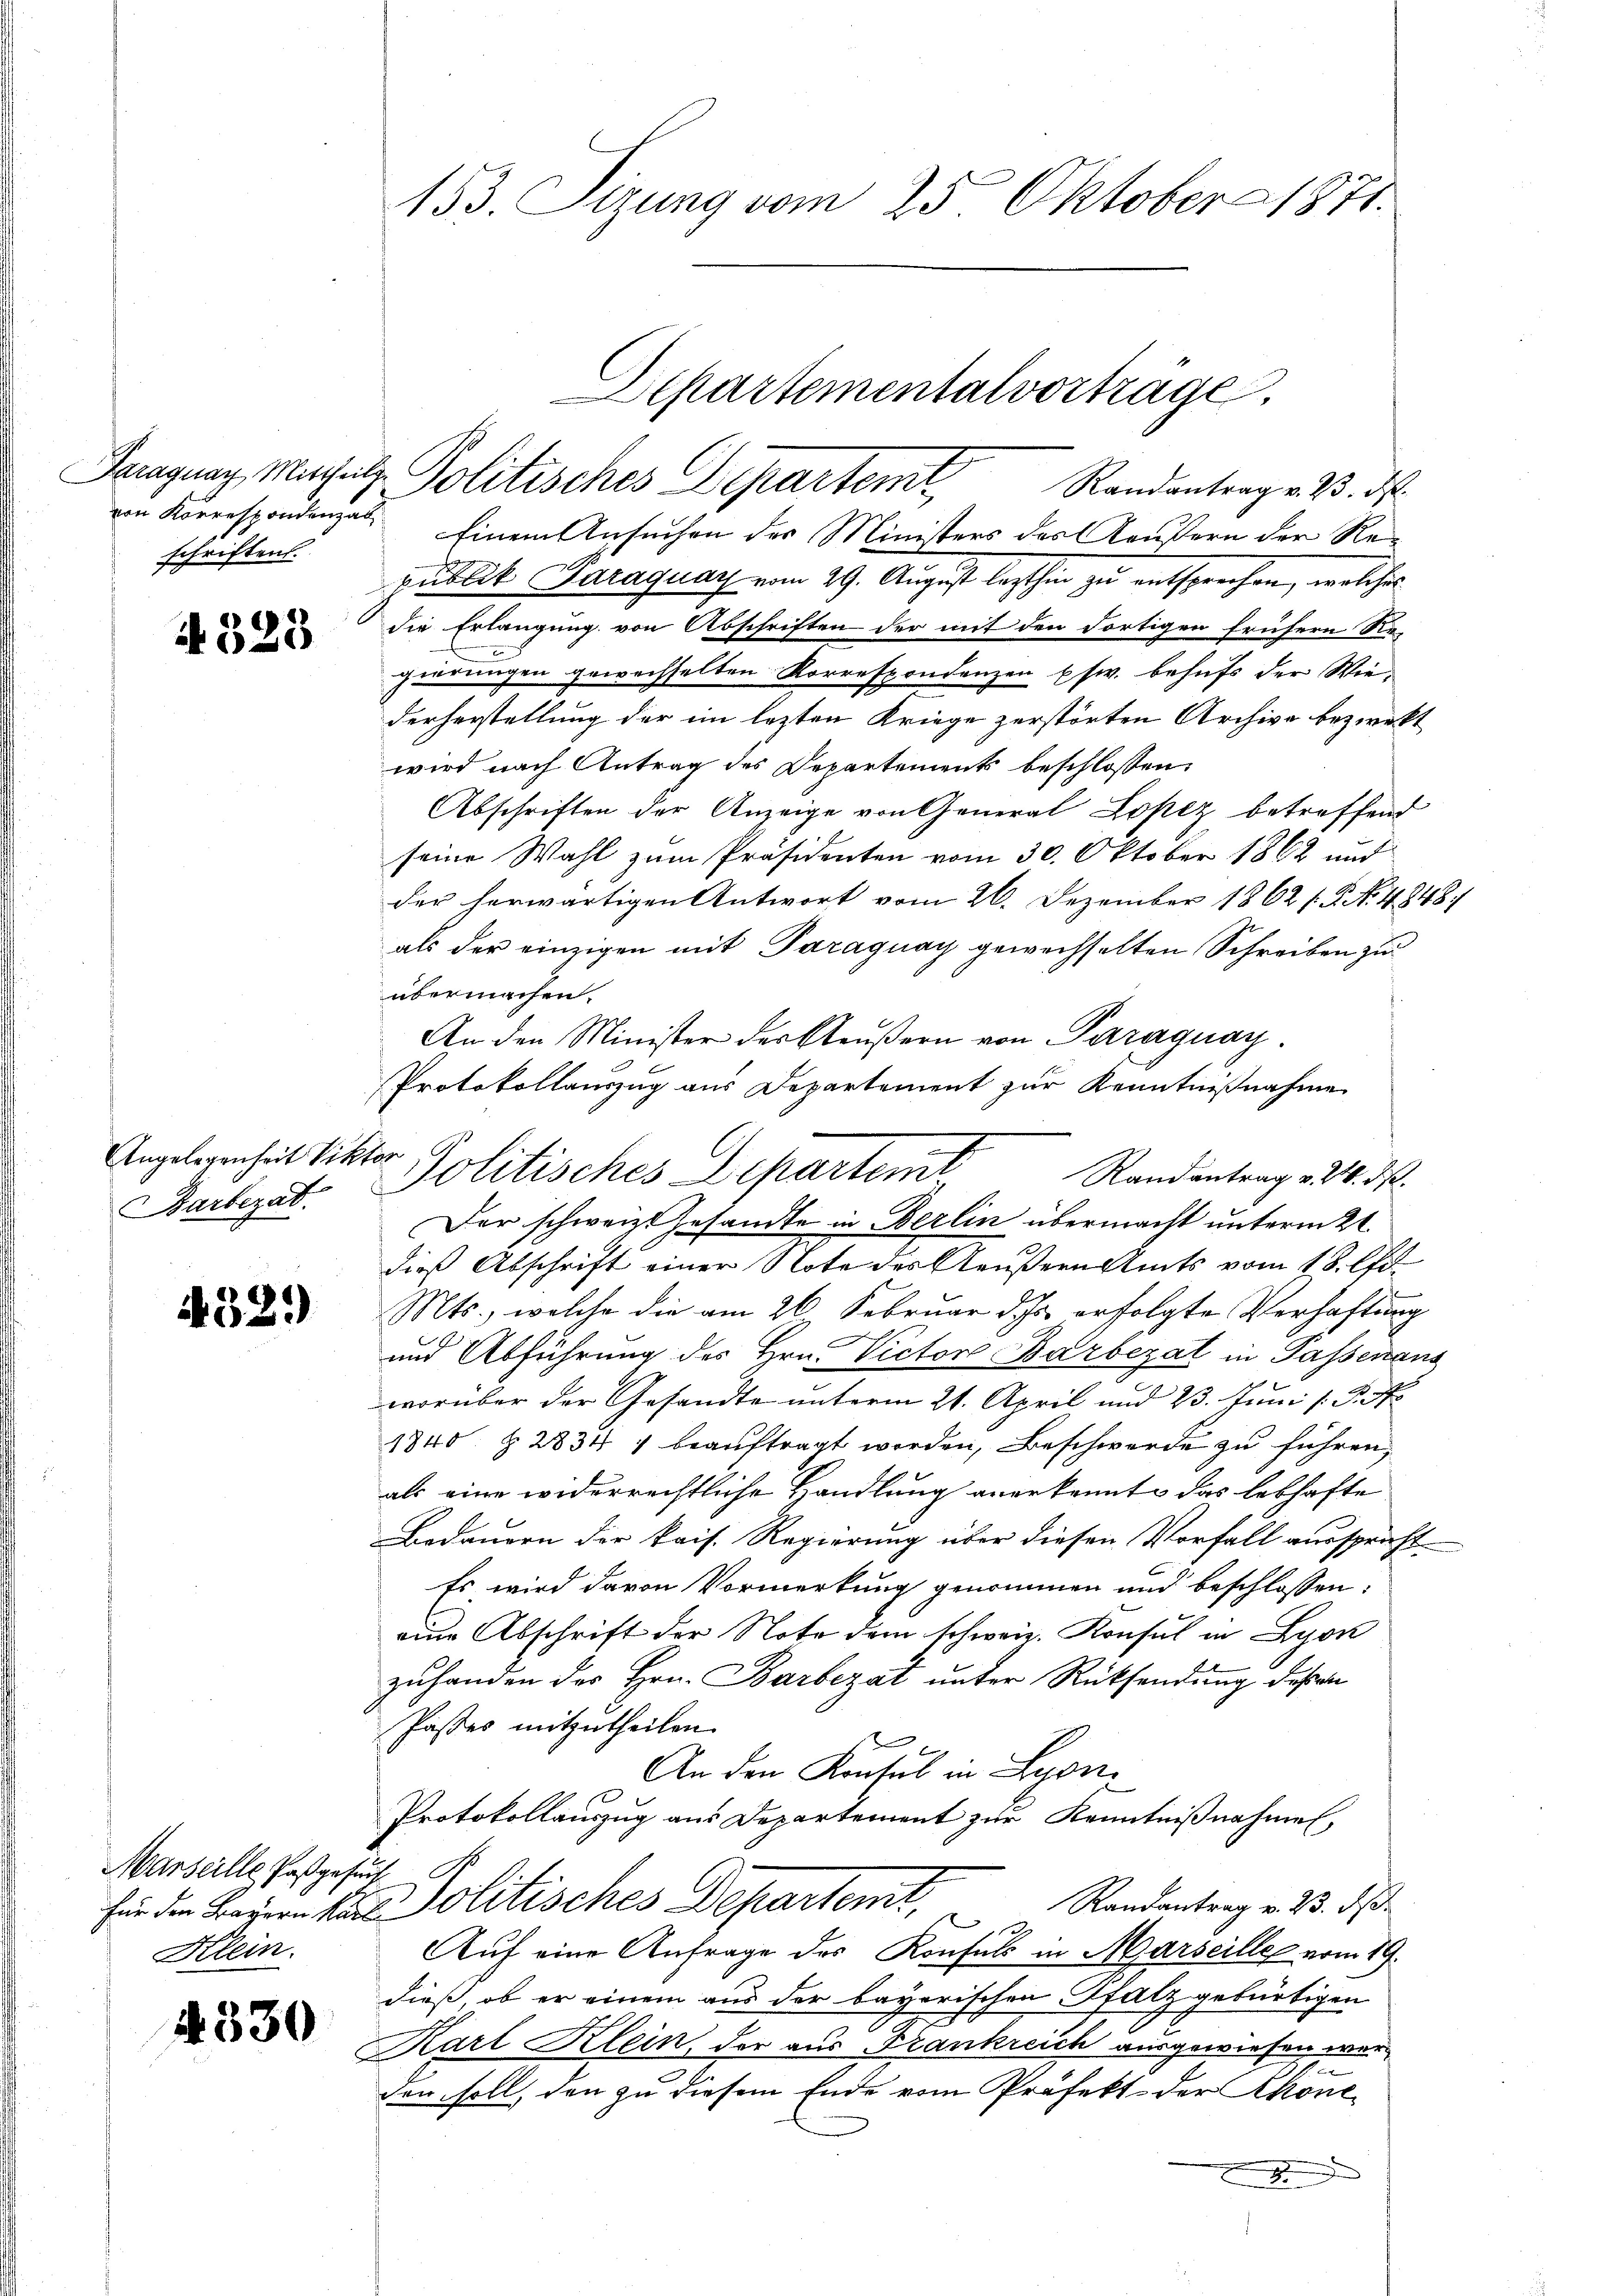
schriftend.

4323

Angelegenheit Viktor
Barbezat.

329)

Marseille Pasgesuch
Klein.

4330

153. Sizung vom 25. Oktober 1871.

Randantrag v. 23. ds.
von Korrespondenzab. Einem Ansuchen der Ministers des Aeußern der Republik Paraguay vom 29. August lezthin zu entsprechen, welches
die Erlangung von Abschriften der mit den dortigen frühern Regierungen gewechselten Korrespondenzen usw. behufs der Wiederherstellung der im lezten Kriege zerstörten Archive bezweckt
wird nach Antrag des Departements beschlossen:
Abschriften der Anzeige von General Lopez betreffend
seine Wahl zum Präsidenten vom 30. Oktober 1862 und
der herwärtigen Antwort vom 26. Dezember 1862 f. P. No 4848/
als der einzigen mit Paraguay gewechselten Schreiben zu
übermachen.
An den Minister der Aeußern von Paraguay.
Protokollauszug aus Departement zur Kenntnißnahme
Politisches Departem
Randantrag v. 24. ds.
Der schweiz. Gesandte in Berlin übermacht unterm 21.
dieß Abschrift einer Note des Aeußern Amts vom 18. Okt.
Mts., welche die am 26. Februar d. Js. erfolgte Verhaftung
und Abführung des Hrn. Victor Barbezat in Passenans
worüber der Gesandte unterm 21. April und 23. Juni l. J. A.
1840 § 2834 1 beauftragt worden, Beschwerde zu führen,
als eine widerrechtliche Handlung anerkennte das lebhafte
Bedauern der kais. Regierung über diesen Vorfall ausspricht.
Es wird davon Vormerkung genommen und beschlossen:
eine Abschrift der Note dem schweiz. Konsul in Lyon
zuhanden des Hrn. Barbezat unter Rücksendung deßen
Paster mitzutheilen.
8
An den Konsul in Lyon
Protokollauszug aus Departement zur Kenntnißnahmen,
für die Bayern kant olitisches Departemt, Randantrag v. 23. ds
Auf eine Anfrage des Konfuls in Marseilleg vom 19.
dieß, ob er einem aus der bayerischen Gfalz gebürtigen
Karl Klein, der aus Frankreich ausgewiesen wer¬
182
den soll, den zu diesem Ende vom Präfekt der kontn

Paragung, Megel Politisches Departeme

Departementalvorträge.